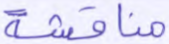
مناقشة